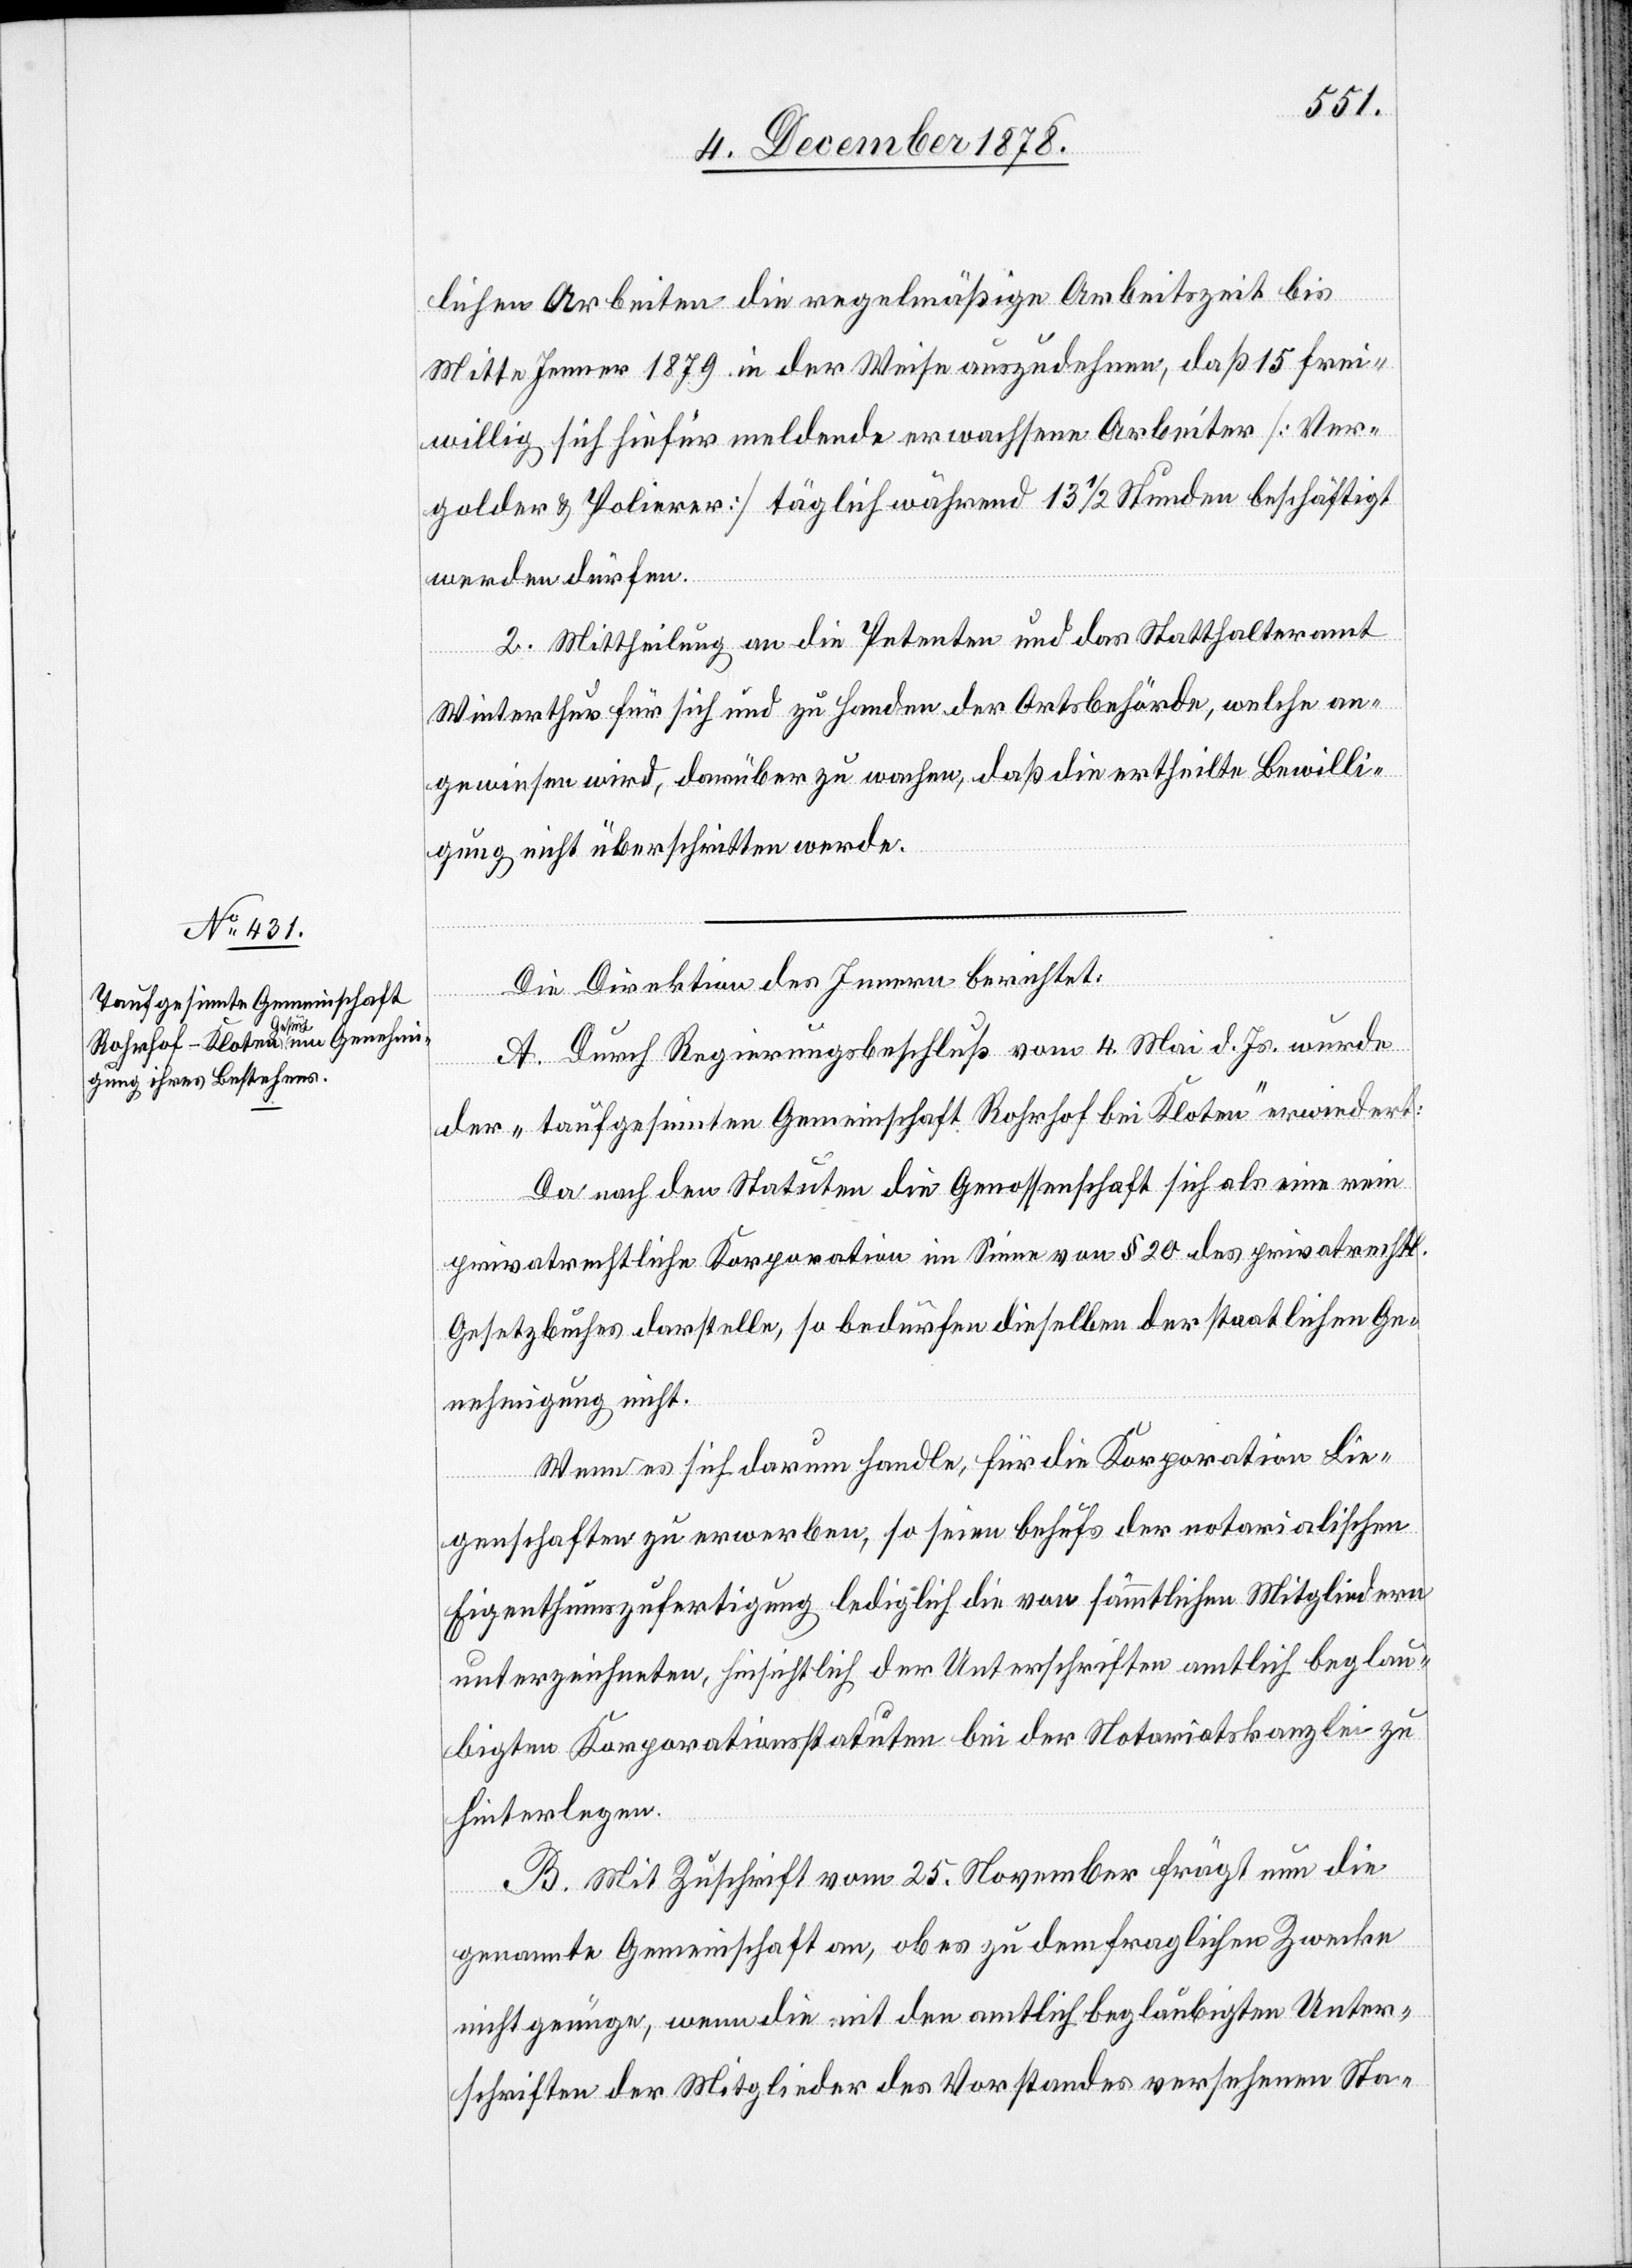
lichen Arbeiten die regelmäßige Arbeitszeit bis
Mitte Jenner 1879 in der Weise auszudehnen, daß 15 frei¬
willig sich hiefür meldende erwachsene Arbeiter [Ver¬
golder & Polierer] täglich während 13 1/2 Stunden beschäftigt
werden dürfen.
2. Mittheilung an die Petenten und an das Statthalteramt
Winterthur für sich und zu Handen der Ortsbehörde, welche an¬
gewiesen wird, darüber zu wachen, daß die ertheilte Bewilli¬
gung nicht überschritten werde.
Die Direktion des Innern berichtet:
A. Durch Regierungsbeschluß vom 4. Mai d. Js. wurde
der „taufgesinnten Gemeinschaft Rohrhof bei Kloten“ erwiedert:
Da nach den Statuten die Genossenschaft sich als eine reine
privatrechtliche Korporation im Sinne von § 20 des privatrechtl.
Gesetzbuches darstelle, so bedürfen dieselben der staatlichen Ge¬
nehmigung nicht.
Wenn es sich darum handle, für die Korporation Lie¬
genschaften zu erwerben, so seien behufs der notarialischen
Eigenthumszufertigung lediglich die von sämmtlichen Mitgliedern
unterzeichneten, hinsichtlich der Unterschriften amtlich beglau¬
bigten Korporationsstatuen bei der Notariatskanzlei zu
hinterlegen.
B. Mit Zuschrift vom 25. November frägt nun die
genannte Gemeinschaft an, ob es zu dem fraglichen Zwecke
nicht genüge, wenn die mit den amtlich beglaubigten Unter¬
schriften der Mitglieder des Vorstandes versehenen Sta-